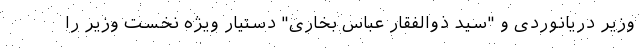
وزیر دریانوردی و "سید ذوالفقار عباس بخاری" دستیار ویژه نخست وزیر را